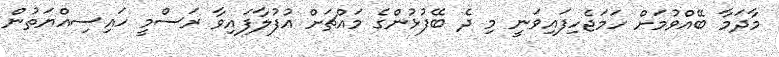
މާދަމާ ބޭއްވުމަށް ހަމަޖެހިފައިވަނީ މި ދެ ބޭފުޅުންގެ މައްޗަށް އުފުލާފައިވާ ރަސްމީ ހައިސިއްޔަތުން